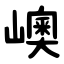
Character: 㠗